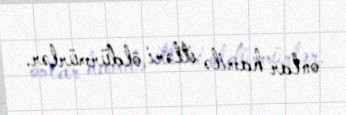
onlar hamilə itləri öldürmürlər.